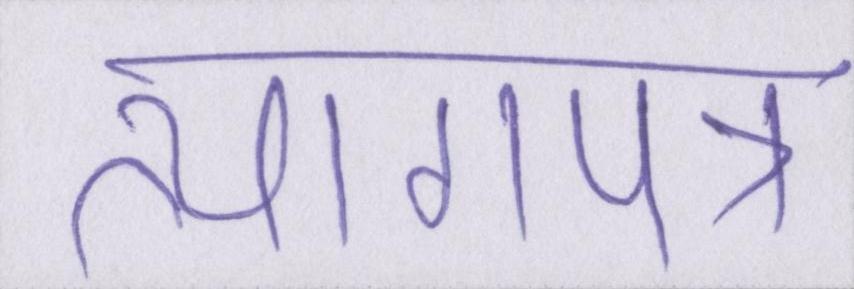
त्यागपत्र